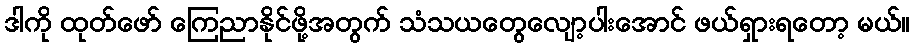
ဒါကို ထုတ်ဖော် ကြေညာနိုင်ဖို့အတွက် သံသယတွေလျော့ပါးအောင် ဖယ်ရှားရတော့ မယ်။